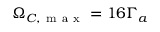
\Omega _ { C , \mathrm { ~ m ~ a ~ x ~ } } = 1 6 \Gamma _ { a }